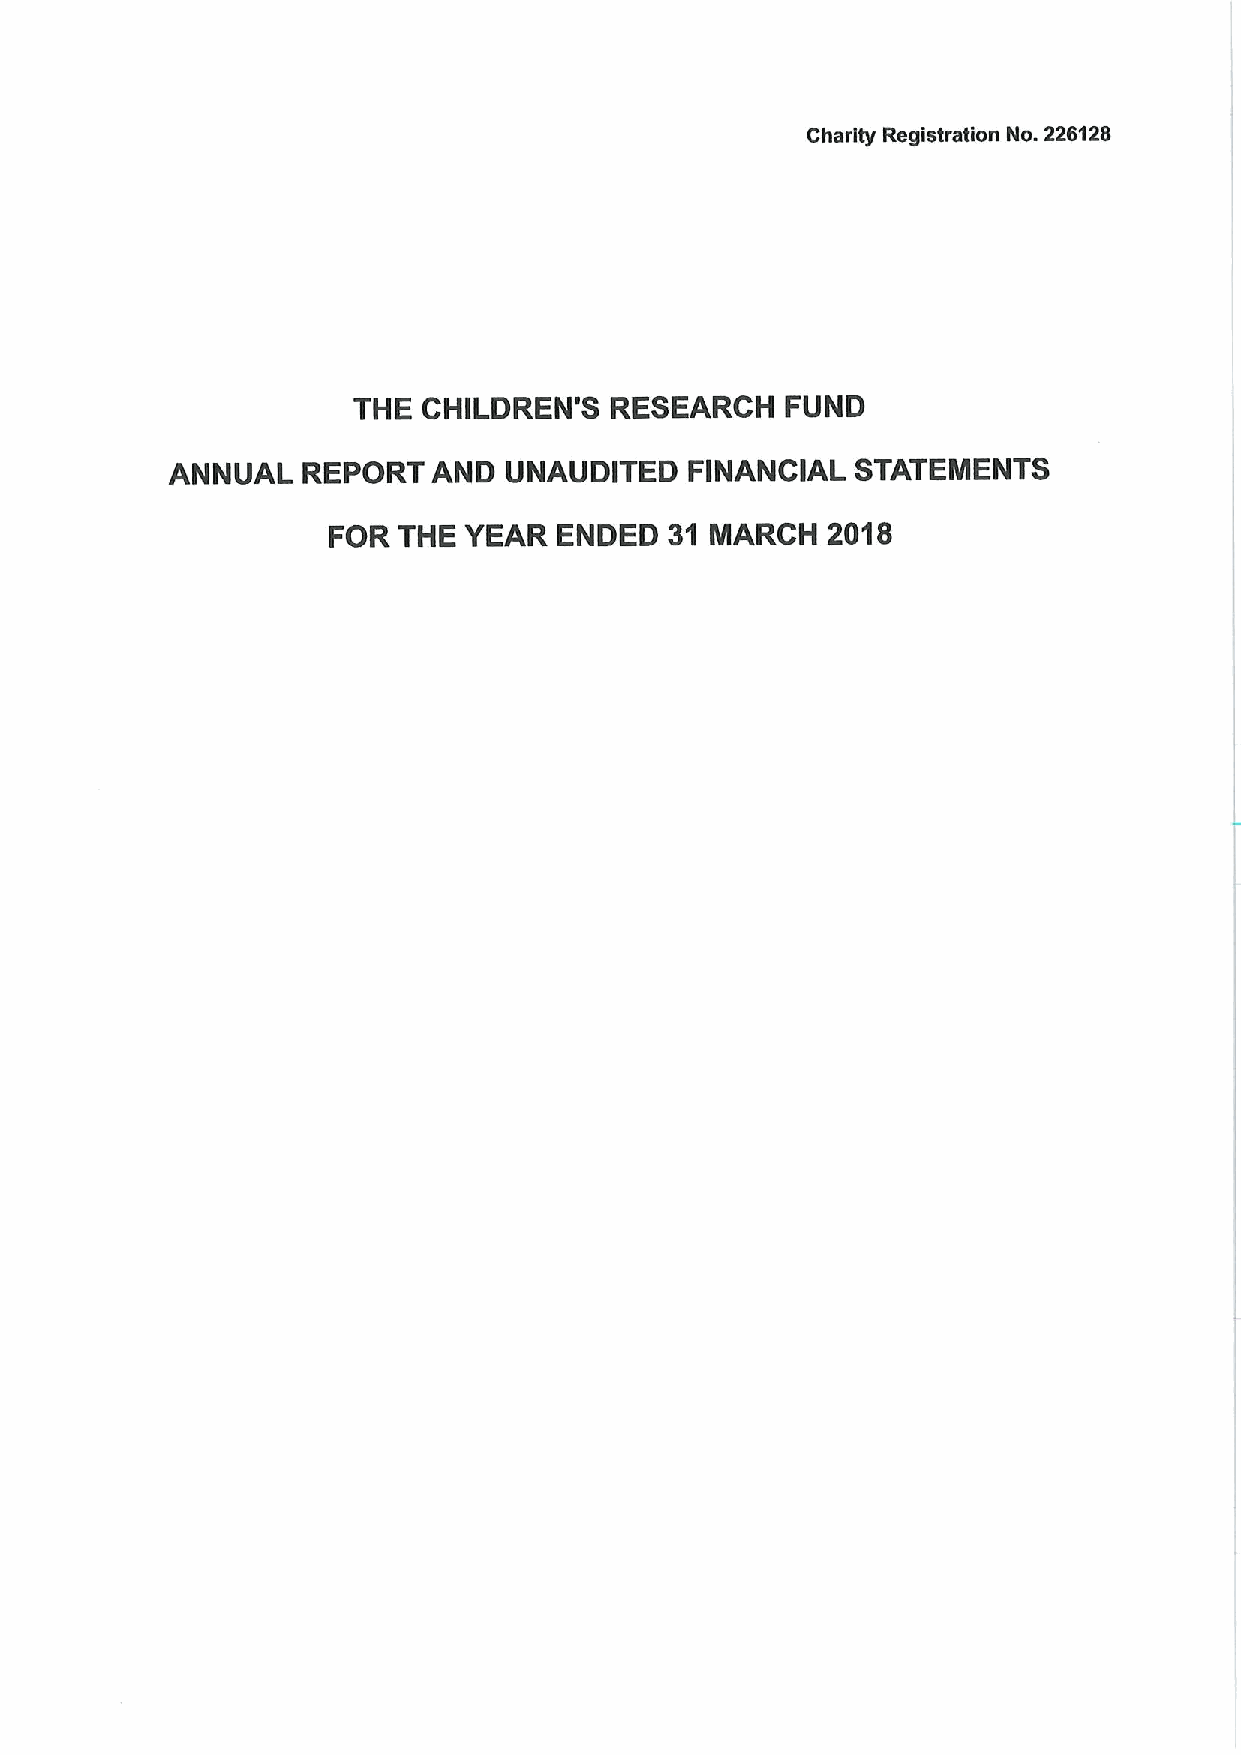
Charity Registration No. 226t28
 THE  CHILDREN'S  RESEARCH    FUND
 ANNUAL   REPORT   AND UNAUDITED    FINANCIAL  STATEMENTS
 FOR THE  YEAR  ENDED  31 MARCH   2018